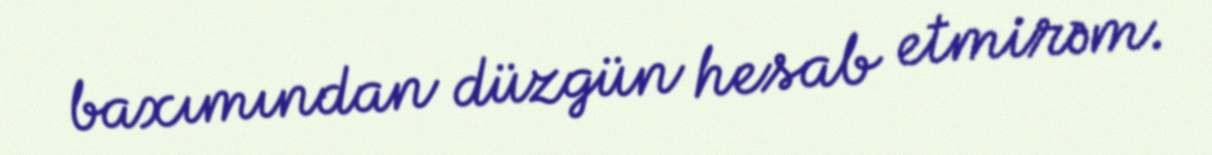
baxımından düzgün hesab etmirəm.